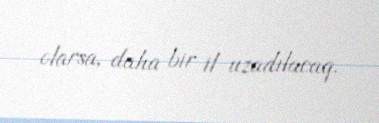
olarsa, daha bir il uzadılacaq.